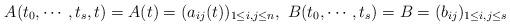
LaTeX: \begin{align*}A(t_0, \cdots, t_s, t)=A(t)=(a_{ij}(t))_{1 \leq i,j \leq n}, \ B(t_0, \cdots, t_s)=B=(b_{ij})_{1 \leq i,j \leq s}\end{align*}